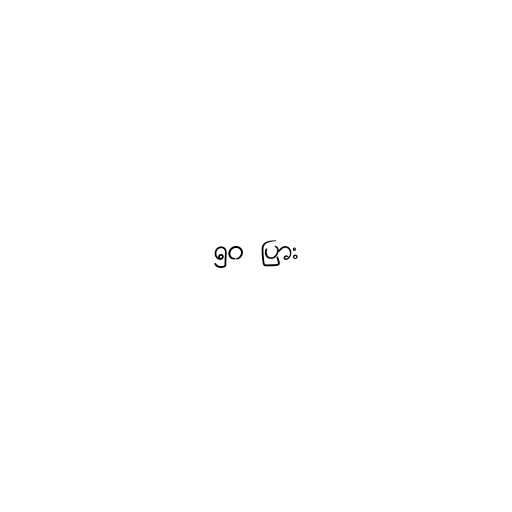
၅၀ ပြား